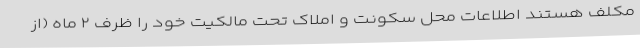
مکلف هستند اطلاعات محل سکونت و املاک تحت مالکیت خود را ظرف ۲ ماه (از